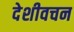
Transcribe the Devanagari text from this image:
देशीवचन